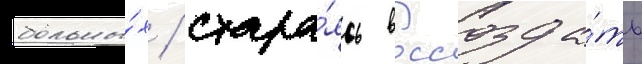
больны́х / стара́ясь воссозда́ть